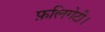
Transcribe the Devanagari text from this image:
फ़लिगेटी।